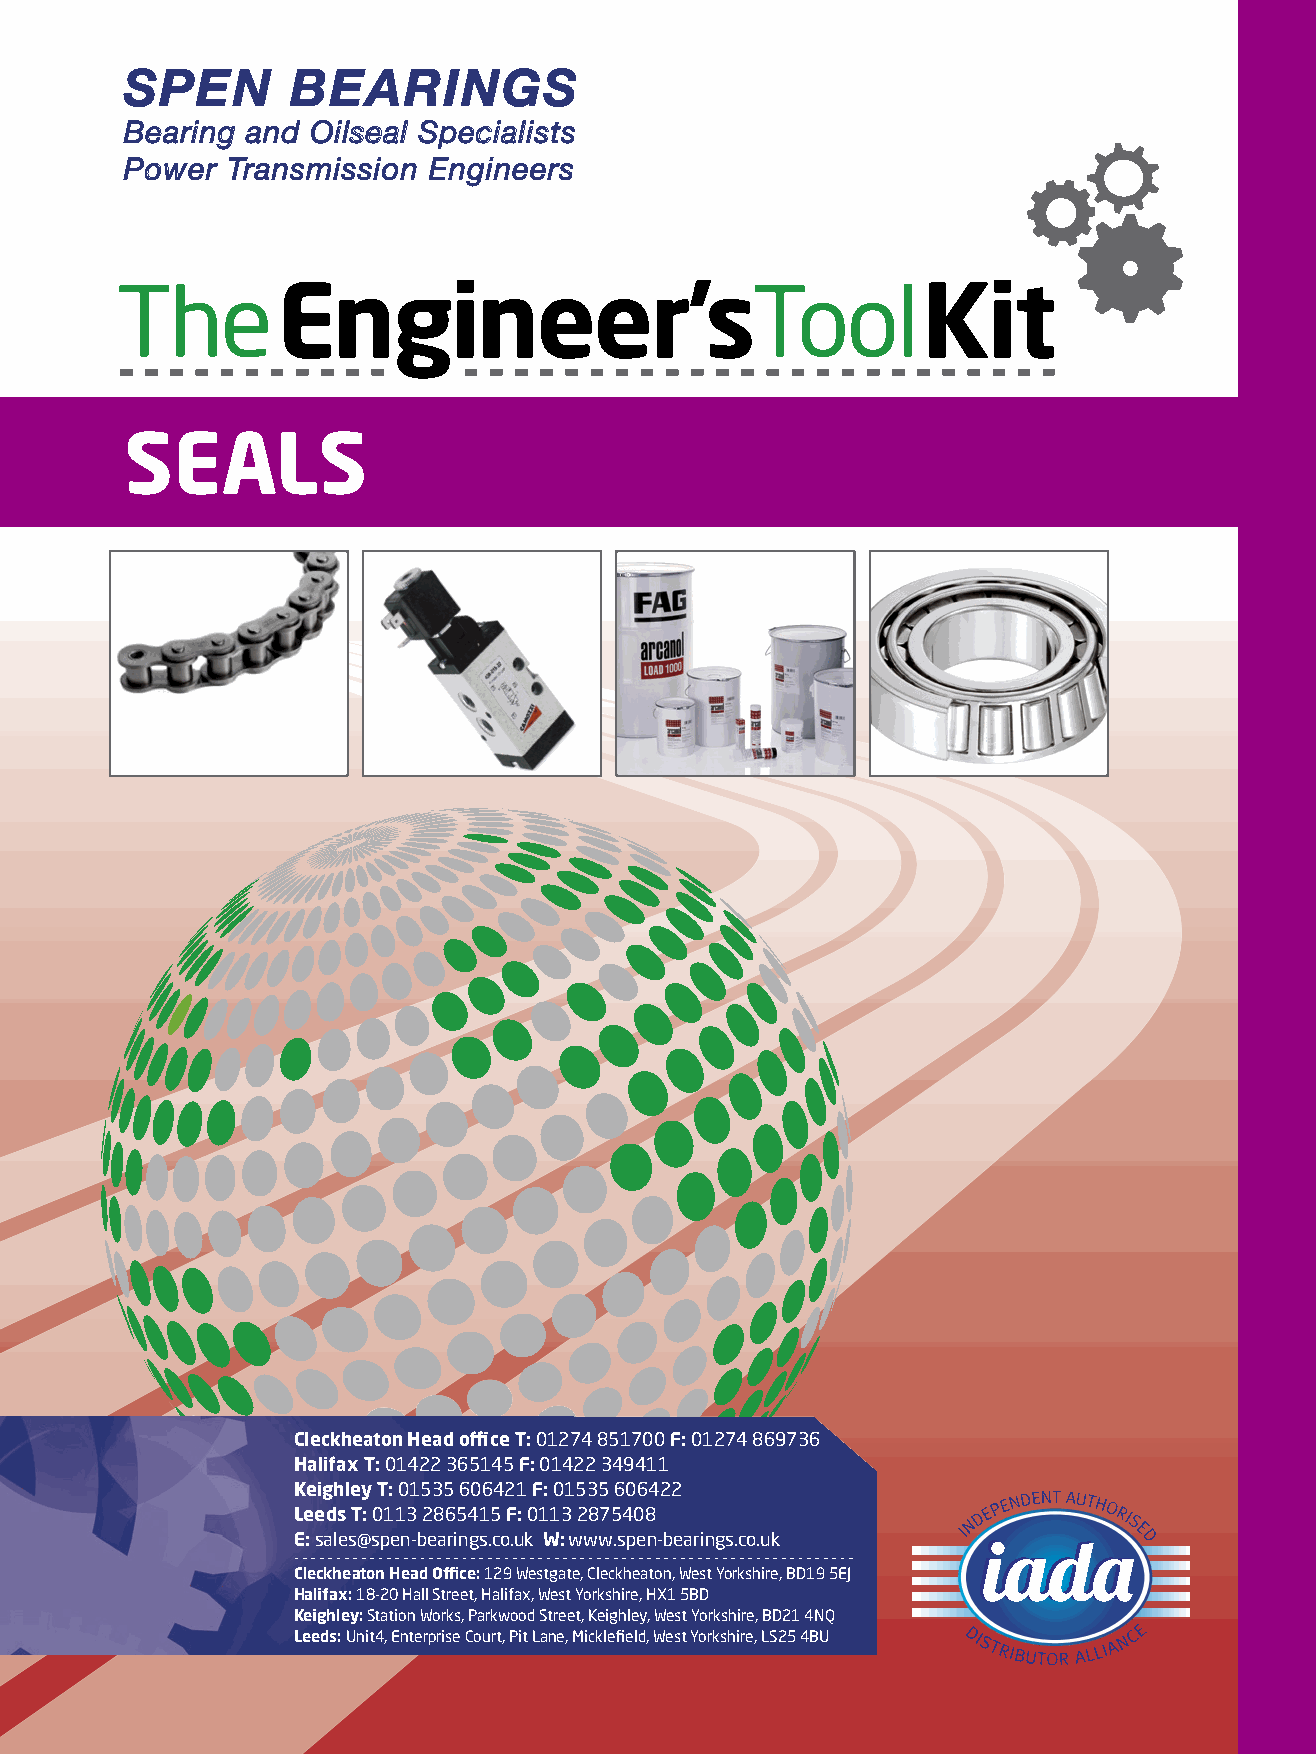
SPEN       BEARINGS
 Bearing and  Oilseal Specialists
 Power  Transmission Engineers
 TheEngineer’sToolKit
 SEALS
 Cleckheaton Head offi ce T: 01274 851700 F: 01274 869736
 Halifax T: 01422 365145 F: 01422 349411
 Keighley T: 01535 606421 F: 01535 606422
 Leeds T: 0113 2865415 F: 0113 2875408
 E: sales@spen-bearings.co.uk W: www.spen-bearings.co.uk
 Cleckheaton Head Offi ce: 129 Westgate, Cleckheaton, West Yorkshire, BD19 5EJ
 Halifax: 18-20 Hall Street, Halifax, West Yorkshire, HX1 5BD
 Keighley: Station Works, Parkwood Street, Keighley, West Yorkshire, BD21 4NQ
 Leeds: Unit4, Enterprise Court, Pit Lane, Micklefi eld, West Yorkshire, LS25 4BU